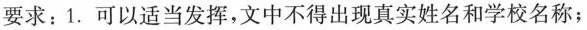
要求：1.可以适当发挥,文中不得出现真实姓名和学校名称；